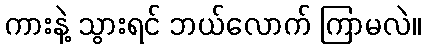
ကားနဲ့ သွားရင် ဘယ်လောက် ကြာမလဲ။